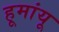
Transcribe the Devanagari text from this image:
हूमांयू